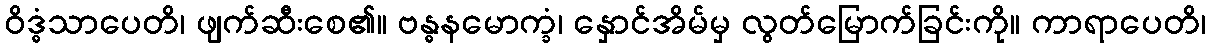
ဝိဒ္ဓံသာပေတိ၊ ဖျက်ဆီးစေ၏။ ဗန္ဓနမောက္ခံ၊ နှောင်အိမ်မှ လွတ်မြောက်ခြင်းကို။ ကာရာပေတိ၊